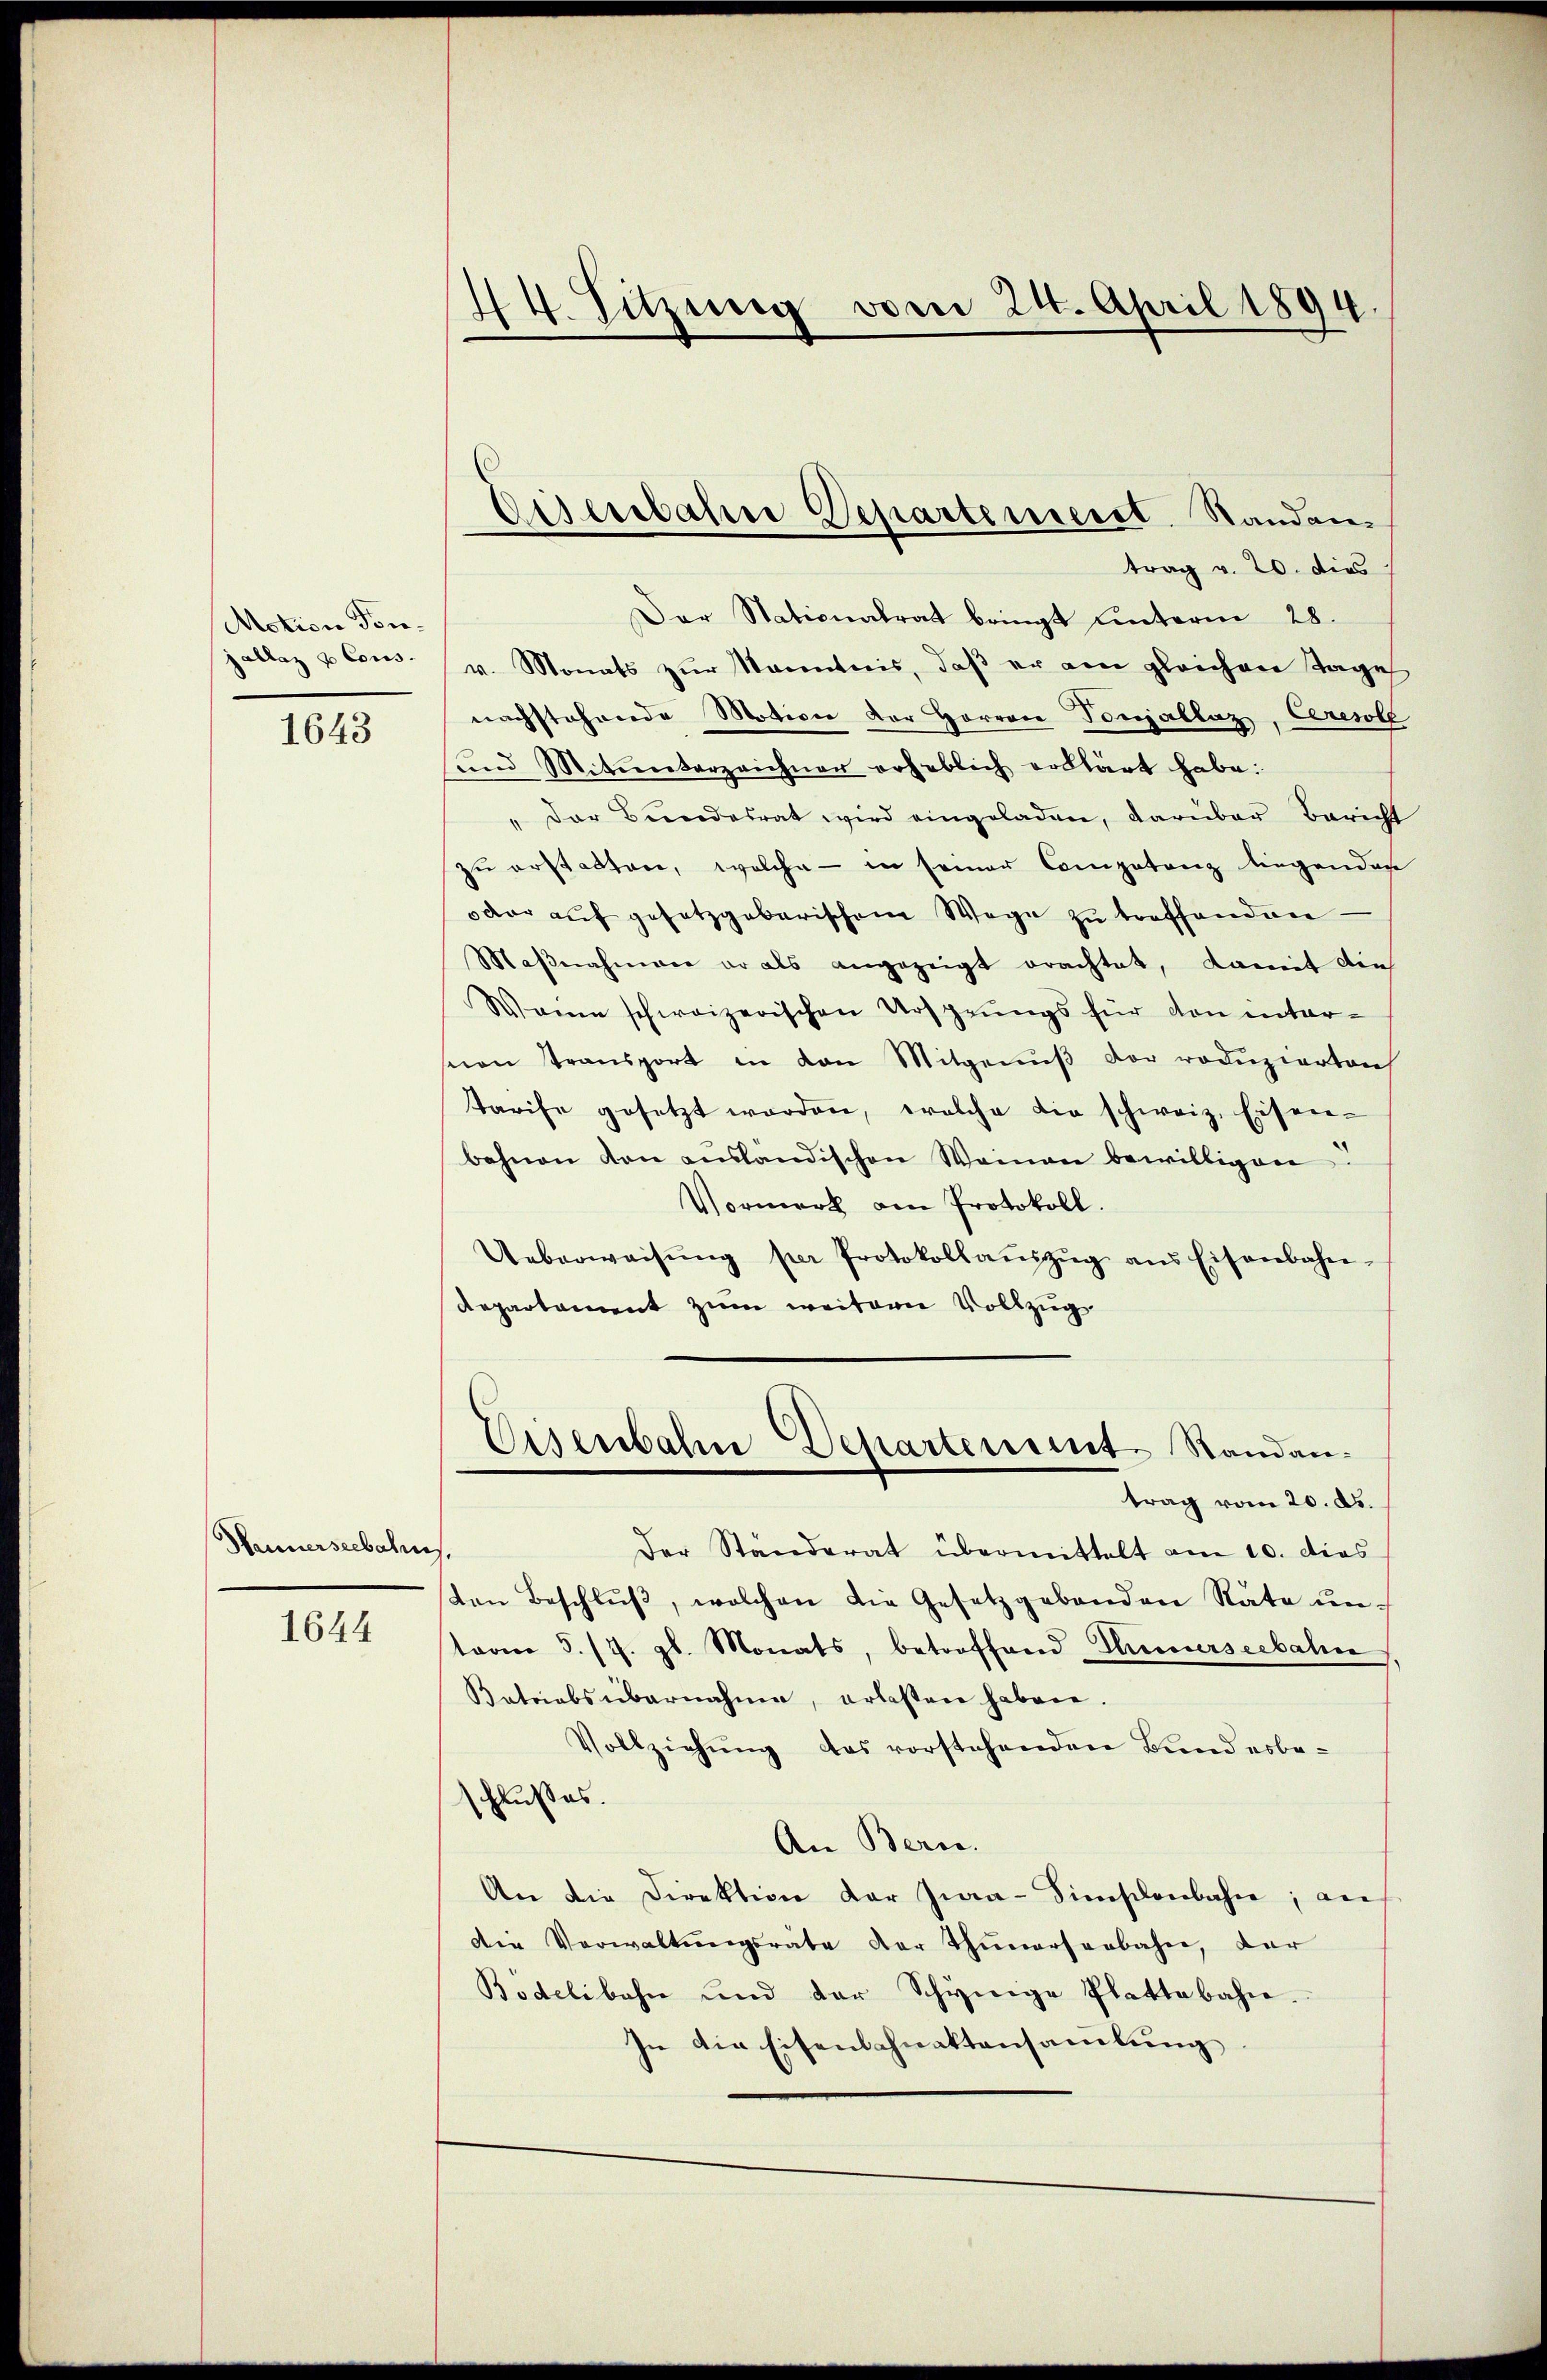
Motion Tonjallaz & Cons.

1643

Hannerseebahres,

1644

44. Sitzung vom 24. April 1894

Der Stationalrat bringt unterm 28.
v. Monats zŭr Kenntnis, daβ er am gleichen Tage
nachstehende Motion der Herren Tonjallaz, Ceresole
und Mitunterzeichner erheblich erklärt habe:
" Der Bundesrat wird eingeladen, darüber Bericht
zŭ erstatten, welche - in seiner Competenz liegenden
dar aŭf gesetzgebarischem Wege zŭ treffenden-
Maβnahmene er als angezeigt erachtet, damit dies
Wann schweizerischen Ursprungs für von inter-
seien transport in den Mitgenŭβ der roduzierten
Tarife gesetzt worden, welche die schweiz. Eisen-
bahnen von ausländischen Weinau bewilligen
Vormerk am Protokoll.
Ueberweisŭng per Protokollaŭszŭg ans Eisenbahn.
Repartament zum weitern Vollzug
Eisenbahne Departement. Standantrag vom 20. ds.
Der Standerat übermittelt am 10. dies
den Beschlŭβ, welchen die Gesetzgebenden Rate un-
toon 5/7. gl. Monats, betroffend Thunerseebahn
Batriabsübernahme, erlasten haben
Vollziehung das vorstehenden Band erbeschlußes.
An Bern.
An die Direktion der Zwa-Simischenbahn, an
Die Verwaltŭngsrate der Thunerserbahn, der
Bodelibahn und der Schynige Plattebahn.
In die Eisenbahnaktensamlung

Eisenbahre Departemeist. Standen
trag v. 20. dies